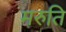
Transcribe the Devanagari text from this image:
मरुति